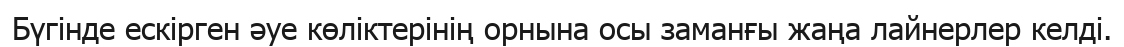
Бүгінде ескірген әуе көліктерінің орнына осы заманғы жаңа лайнерлер келді.